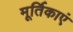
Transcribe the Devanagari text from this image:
मूर्तिकाएं